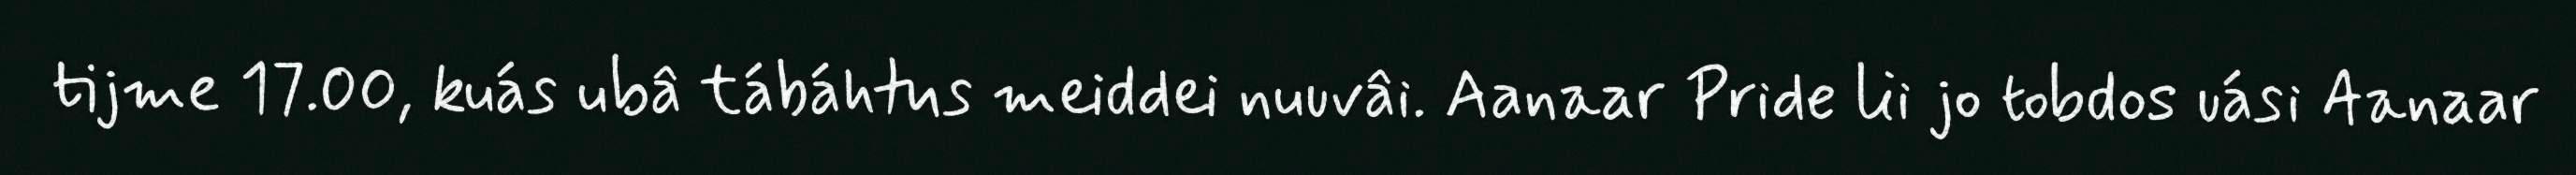
tijme 17.00, kuás ubâ tábáhtus meiddei nuuvâi. Aanaar Pride lii jo tobdos uási Aanaar